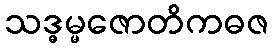
သဒ္ဓမ္မဇောတိကဓဇ